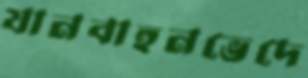
যানবাহনভেদে